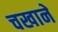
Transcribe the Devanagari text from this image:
चखाने